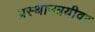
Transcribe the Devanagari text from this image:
प्रस्थानत्रयीवर